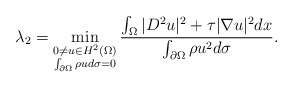
\begin{align*}\lambda_{2}=\min_{\substack{0\ne u\in H^2(\Omega)\\ \int_{\partial\Omega}\rho u d\sigma=0}}\frac{\int_{\Omega}|D^2u|^2+\tau |\nabla u|^2 dx}{\int_{\partial\Omega}\rho u^2 d\sigma}.\end{align*}